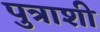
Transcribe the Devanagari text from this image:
पुत्राशी